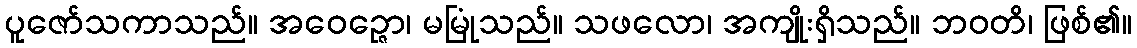
ပူဇော်သကာသည်။ အဝေဉ္ဇော၊ မမြုံသည်။ သဖလော၊ အကျိုးရှိသည်။ ဘဝတိ၊ ဖြစ်၏။